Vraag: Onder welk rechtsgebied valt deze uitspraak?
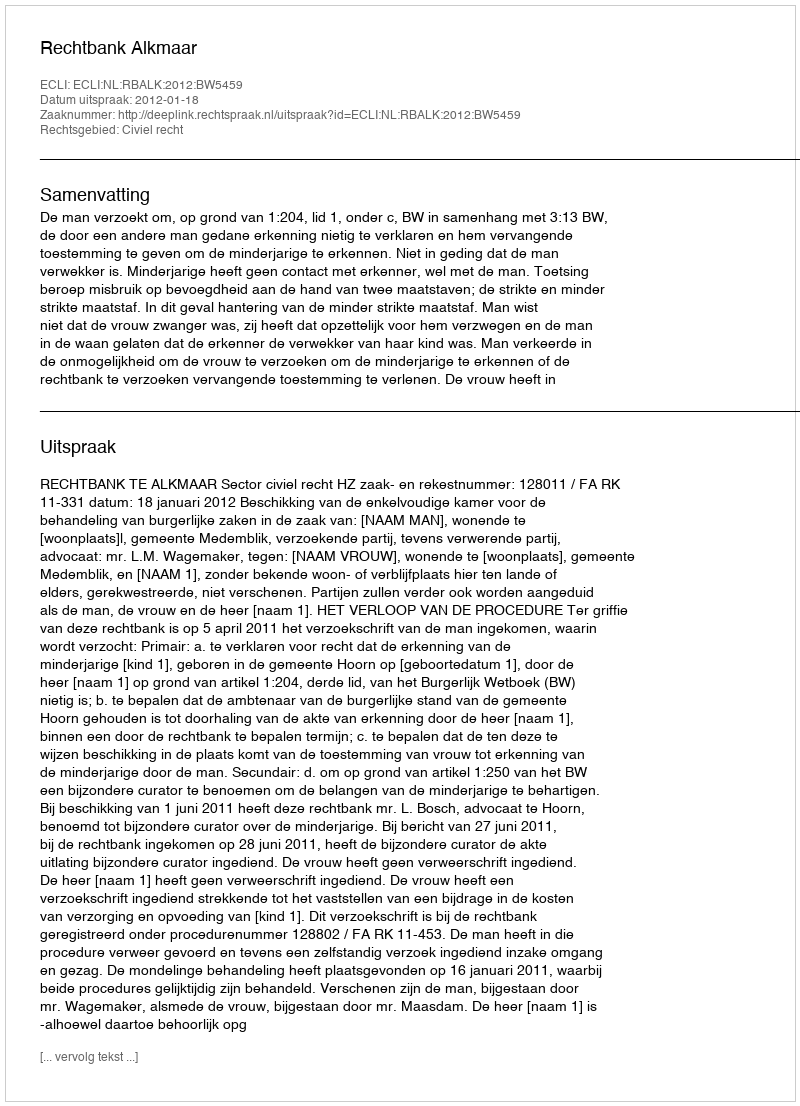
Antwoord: Civiel recht